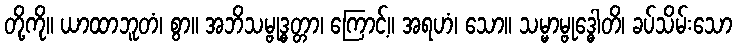
တို့ကို။ ယာထာဘူတံ၊ စွာ။ အဘိသမ္ဗုဒ္ဓတ္တာ၊ ကြောင့်။ အရဟံ၊ သော။ သမ္မာမ္ဗုဒ္ဓေါတိ၊ ခပ်သိမ်းသော